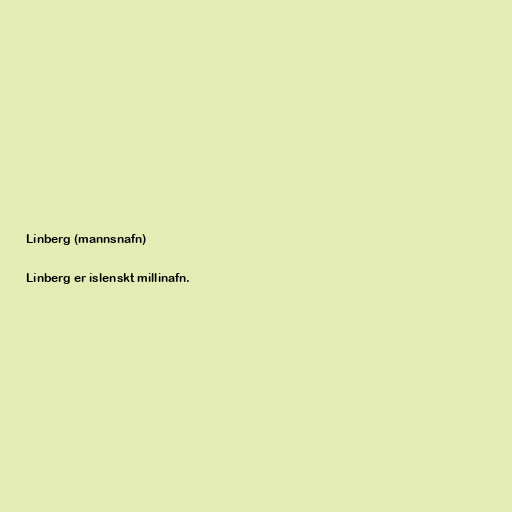
Línberg (mannsnafn)

Línberg er íslenskt millinafn.